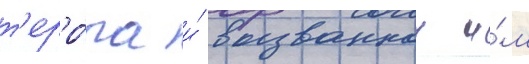
т'ерро́ра и́ вызваннои и́м